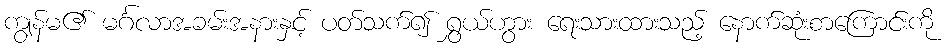
ကျွန်မ၏ မင်္ဂလာအခမ်းအနားနှင့် ပတ်သက်၍ ရွှယ်ဟွား ရေးသားထားသည့် နောက်ဆုံးစာကြောင်းကို